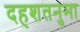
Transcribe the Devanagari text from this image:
दहशतनुमा